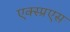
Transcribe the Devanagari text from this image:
एक्स्प्रएस